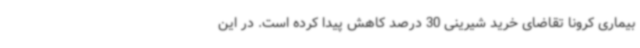
بیماری کرونا تقاضای خرید شیرینی 30 درصد کاهش پیدا کرده است. در این